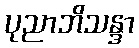
ပုညာဘိသန္ဒာ